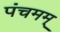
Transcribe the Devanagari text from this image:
पंचमम्